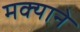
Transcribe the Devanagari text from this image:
मक्याने